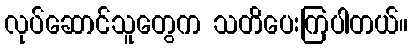
လုပ်ဆောင်သူတွေက သတိပေးကြပါတယ်။